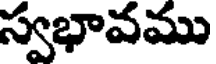
స్వభావము